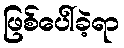
ဖြစ်ပေါ်ခဲ့ရာ